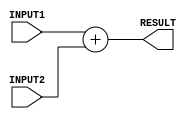
`timescale 1ns/100ps

module adder(INPUT1, INPUT2, RESULT); // adder module

    input [31:0] INPUT1, INPUT2; // declare inputs
    output reg [31:0] RESULT;    // declare outputs

    always @(*) 
    begin
      // TODO : set the time delay
      #2 RESULT = INPUT1 + INPUT2; // add two numbers 
    end

endmodule